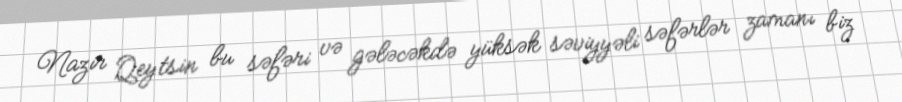
Nazir Qeytsin bu səfəri və gələcəkdə yüksək səviyyəli səfərlər zamanı biz